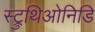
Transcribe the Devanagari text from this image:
स्ट्रुथिओनिडि